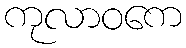
ကုလာဝကေ